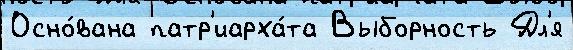
Осно́вана патр'иарха́та Выборность Дл'я